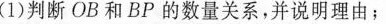
(1)判断OB和BP的数量关系，并说明理由；